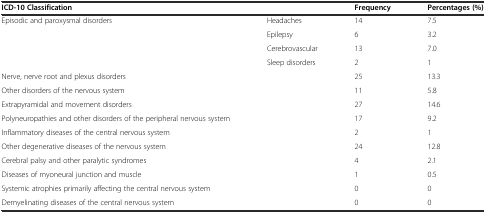
<table><thead><tr><td><b>ICD-10 Classification</b></td><td></td><td><b>Frequency</b></td><td><b>Percentages (%)</b></td></tr></thead><tbody><tr><td rowspan="4">Episodic and paroxysmal disorders</td><td>Headaches</td><td>14</td><td>7.5</td></tr><tr><td>Epilepsy</td><td>6</td><td>3.2</td></tr><tr><td>Cerebrovascular</td><td>13</td><td>7.0</td></tr><tr><td>Sleep disorders</td><td>2</td><td>1</td></tr><tr><td>Nerve, nerve root and plexus disorders</td><td></td><td>25</td><td>13.3</td></tr><tr><td>Other disorders of the nervous system</td><td></td><td>11</td><td>5.8</td></tr><tr><td>Extrapyramidal and movement disorders</td><td></td><td>27</td><td>14.6</td></tr><tr><td>Polyneuropathies and other disorders of the peripheral nervous system</td><td></td><td>17</td><td>9.2</td></tr><tr><td>Inflammatory diseases of the central nervous system</td><td></td><td>2</td><td>1</td></tr><tr><td>Other degenerative diseases of the nervous system</td><td></td><td>24</td><td>12.8</td></tr><tr><td>Cerebral palsy and other paralytic syndromes</td><td></td><td>4</td><td>2.1</td></tr><tr><td>Diseases of myoneural junction and muscle</td><td></td><td>1</td><td>0.5</td></tr><tr><td>Systemic atrophies primarily affecting the central nervous system</td><td></td><td>0</td><td>0</td></tr><tr><td>Demyelinating diseases of the central nervous system</td><td></td><td>0</td><td>0</td></tr></tbody></table>